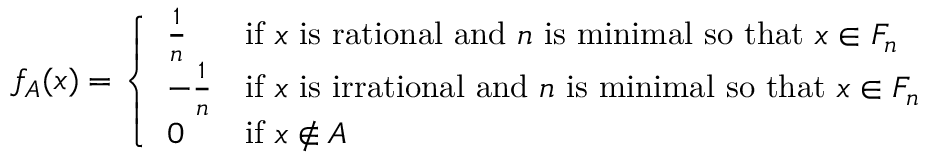
f _ { A } ( x ) = { \left\{ \begin{array} { l l } { { \frac { 1 } { n } } } & { { \mathrm { i f ~ } } x { \mathrm { ~ i s ~ r a t i o n a l ~ a n d ~ } } n { \mathrm { ~ i s ~ m i n i m a l ~ s o ~ t h a t ~ } } x \in F _ { n } } \\ { - { \frac { 1 } { n } } } & { { \mathrm { i f ~ } } x { \mathrm { ~ i s ~ i r r a t i o n a l ~ a n d ~ } } n { \mathrm { ~ i s ~ m i n i m a l ~ s o ~ t h a t ~ } } x \in F _ { n } } \\ { 0 } & { { \mathrm { i f ~ } } x \notin A } \end{array} \right. }